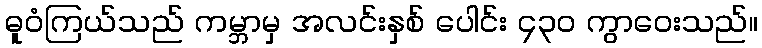
ဓူဝံကြယ်သည် ကမ္ဘာမှ အလင်းနှစ် ပေါင်း ၄၃၀ ကွာဝေးသည်။